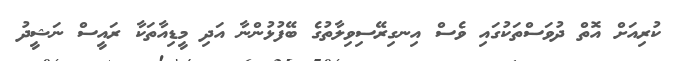
ކުރިއަށް އޮތް ދުވަސްތަކުގައި ވެސް އިނގިރޭސިވިލާތުގެ ބޭފުޅުންނާ އަދި މީޑިއާތަކާ ރައީސް ނަޝީދު